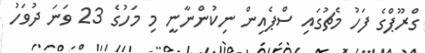
ގްރޫޕްގެ ފަހު މެޗުގައި ސްޕެއިން ނިކުންނާނީ މި މަހުގެ 23 ވަނަ ދުވަހު